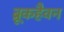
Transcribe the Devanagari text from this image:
ब्रूकहैवन